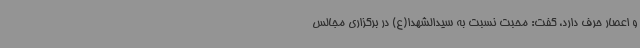
و اعصار حرف دارد، گفت: محبت نسبت به سیدالشهدا(ع) در برگزاری مجالس